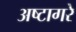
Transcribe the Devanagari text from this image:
अष्टागरे